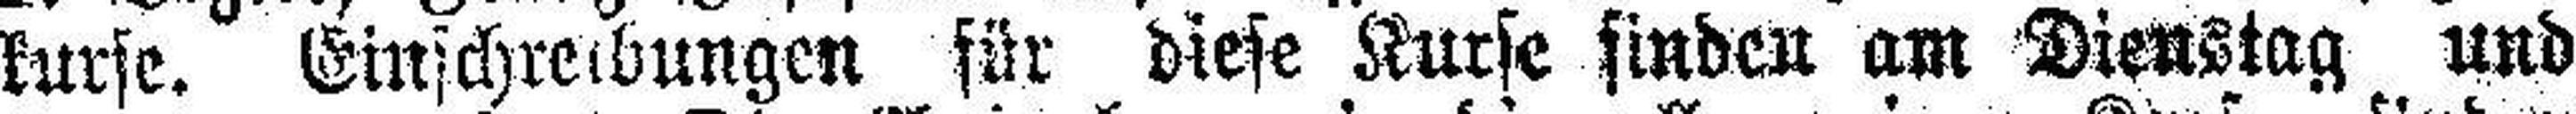
kurse. Einschreibungen für diese Kurse finden am Dienstag und